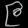
Digit: ၉